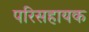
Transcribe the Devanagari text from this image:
परिसहायक